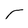
Character: r